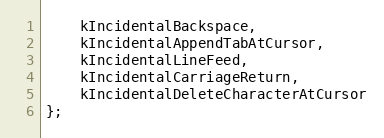
Language: C
    kIncidentalBackspace,
    kIncidentalAppendTabAtCursor,
    kIncidentalLineFeed,
    kIncidentalCarriageReturn,
    kIncidentalDeleteCharacterAtCursor
};